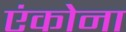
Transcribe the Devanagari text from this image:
एंकोना